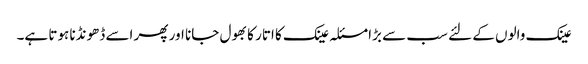
عینک والوں کے لئے سب سے بڑا مسئلہ عینک کا اتار کا بھول جانا اور پھر اسے ڈھونڈنا ہوتا ہے۔